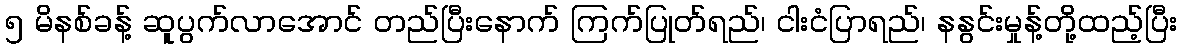
၅ မိနစ်ခန့် ဆူပွက်လာအောင် တည်ပြီးနောက် ကြက်ပြုတ်ရည်၊ ငါးငံပြာရည်၊ နနွင်းမှုန့်တို့ထည့်ပြီး